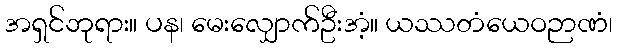
အရှင်ဘုရား။ ပန၊ မေးလျှောက်ဦးအံ့။ ယဿတံယေဝဉာဏံ၊